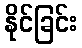
နိုင်ခြင်း